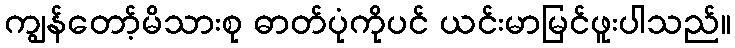
ကျွန်တော့်မိသားစု ဓာတ်ပုံကိုပင် ယင်းမာမြင်ဖူးပါသည်။